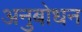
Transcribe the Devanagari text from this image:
अनुबोधन